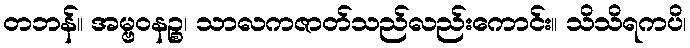
တဘန်။ အမ္ဗဝနဉ္စ၊ သာလကဇာတ်သည်လည်းကောင်း။ သိသိရကပိ၊